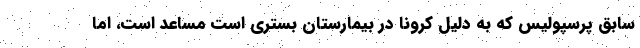
سابق پرسپولیس که به دلیل کرونا در بیمارستان بستری است مساعد است، اما